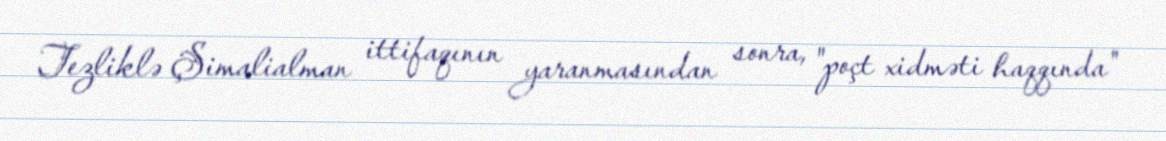
Tezliklə Şimalialman ittifaqının yaranmasından sonra, "poçt xidməti haqqında"